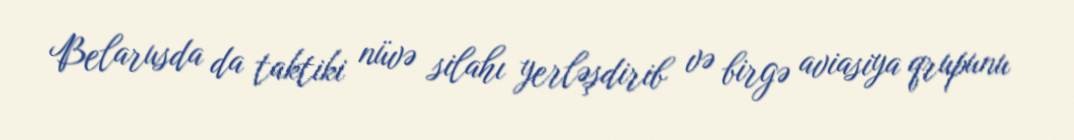
Belarusda da taktiki nüvə silahı yerləşdirib və birgə aviasiya qrupunu